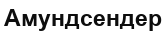
Амундсендер